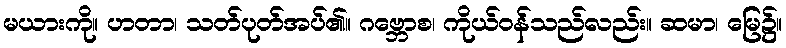
မယားကို။ ဟတာ၊ သတ်ပုတ်အပ်၏။ ဂဗ္ဘောစ၊ ကိုယ်ဝန်သည်လည်း။ ဆမာ၊ မြေ၌။